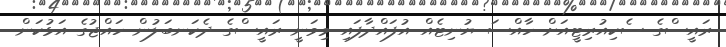
ރައީސްގެ ސެކިއުރިޓީއަށް ހާއްސަ ޔުނިޓެއް އުފައްދާފައި މިވަނީ ރައީސްގެ ދެކަނބަލުން ހައްޖުގެ އަޅުކަން